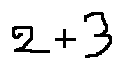
2 + 3